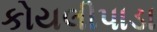
કોયલીપાડા